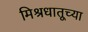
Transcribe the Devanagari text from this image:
मिश्रधातूच्या